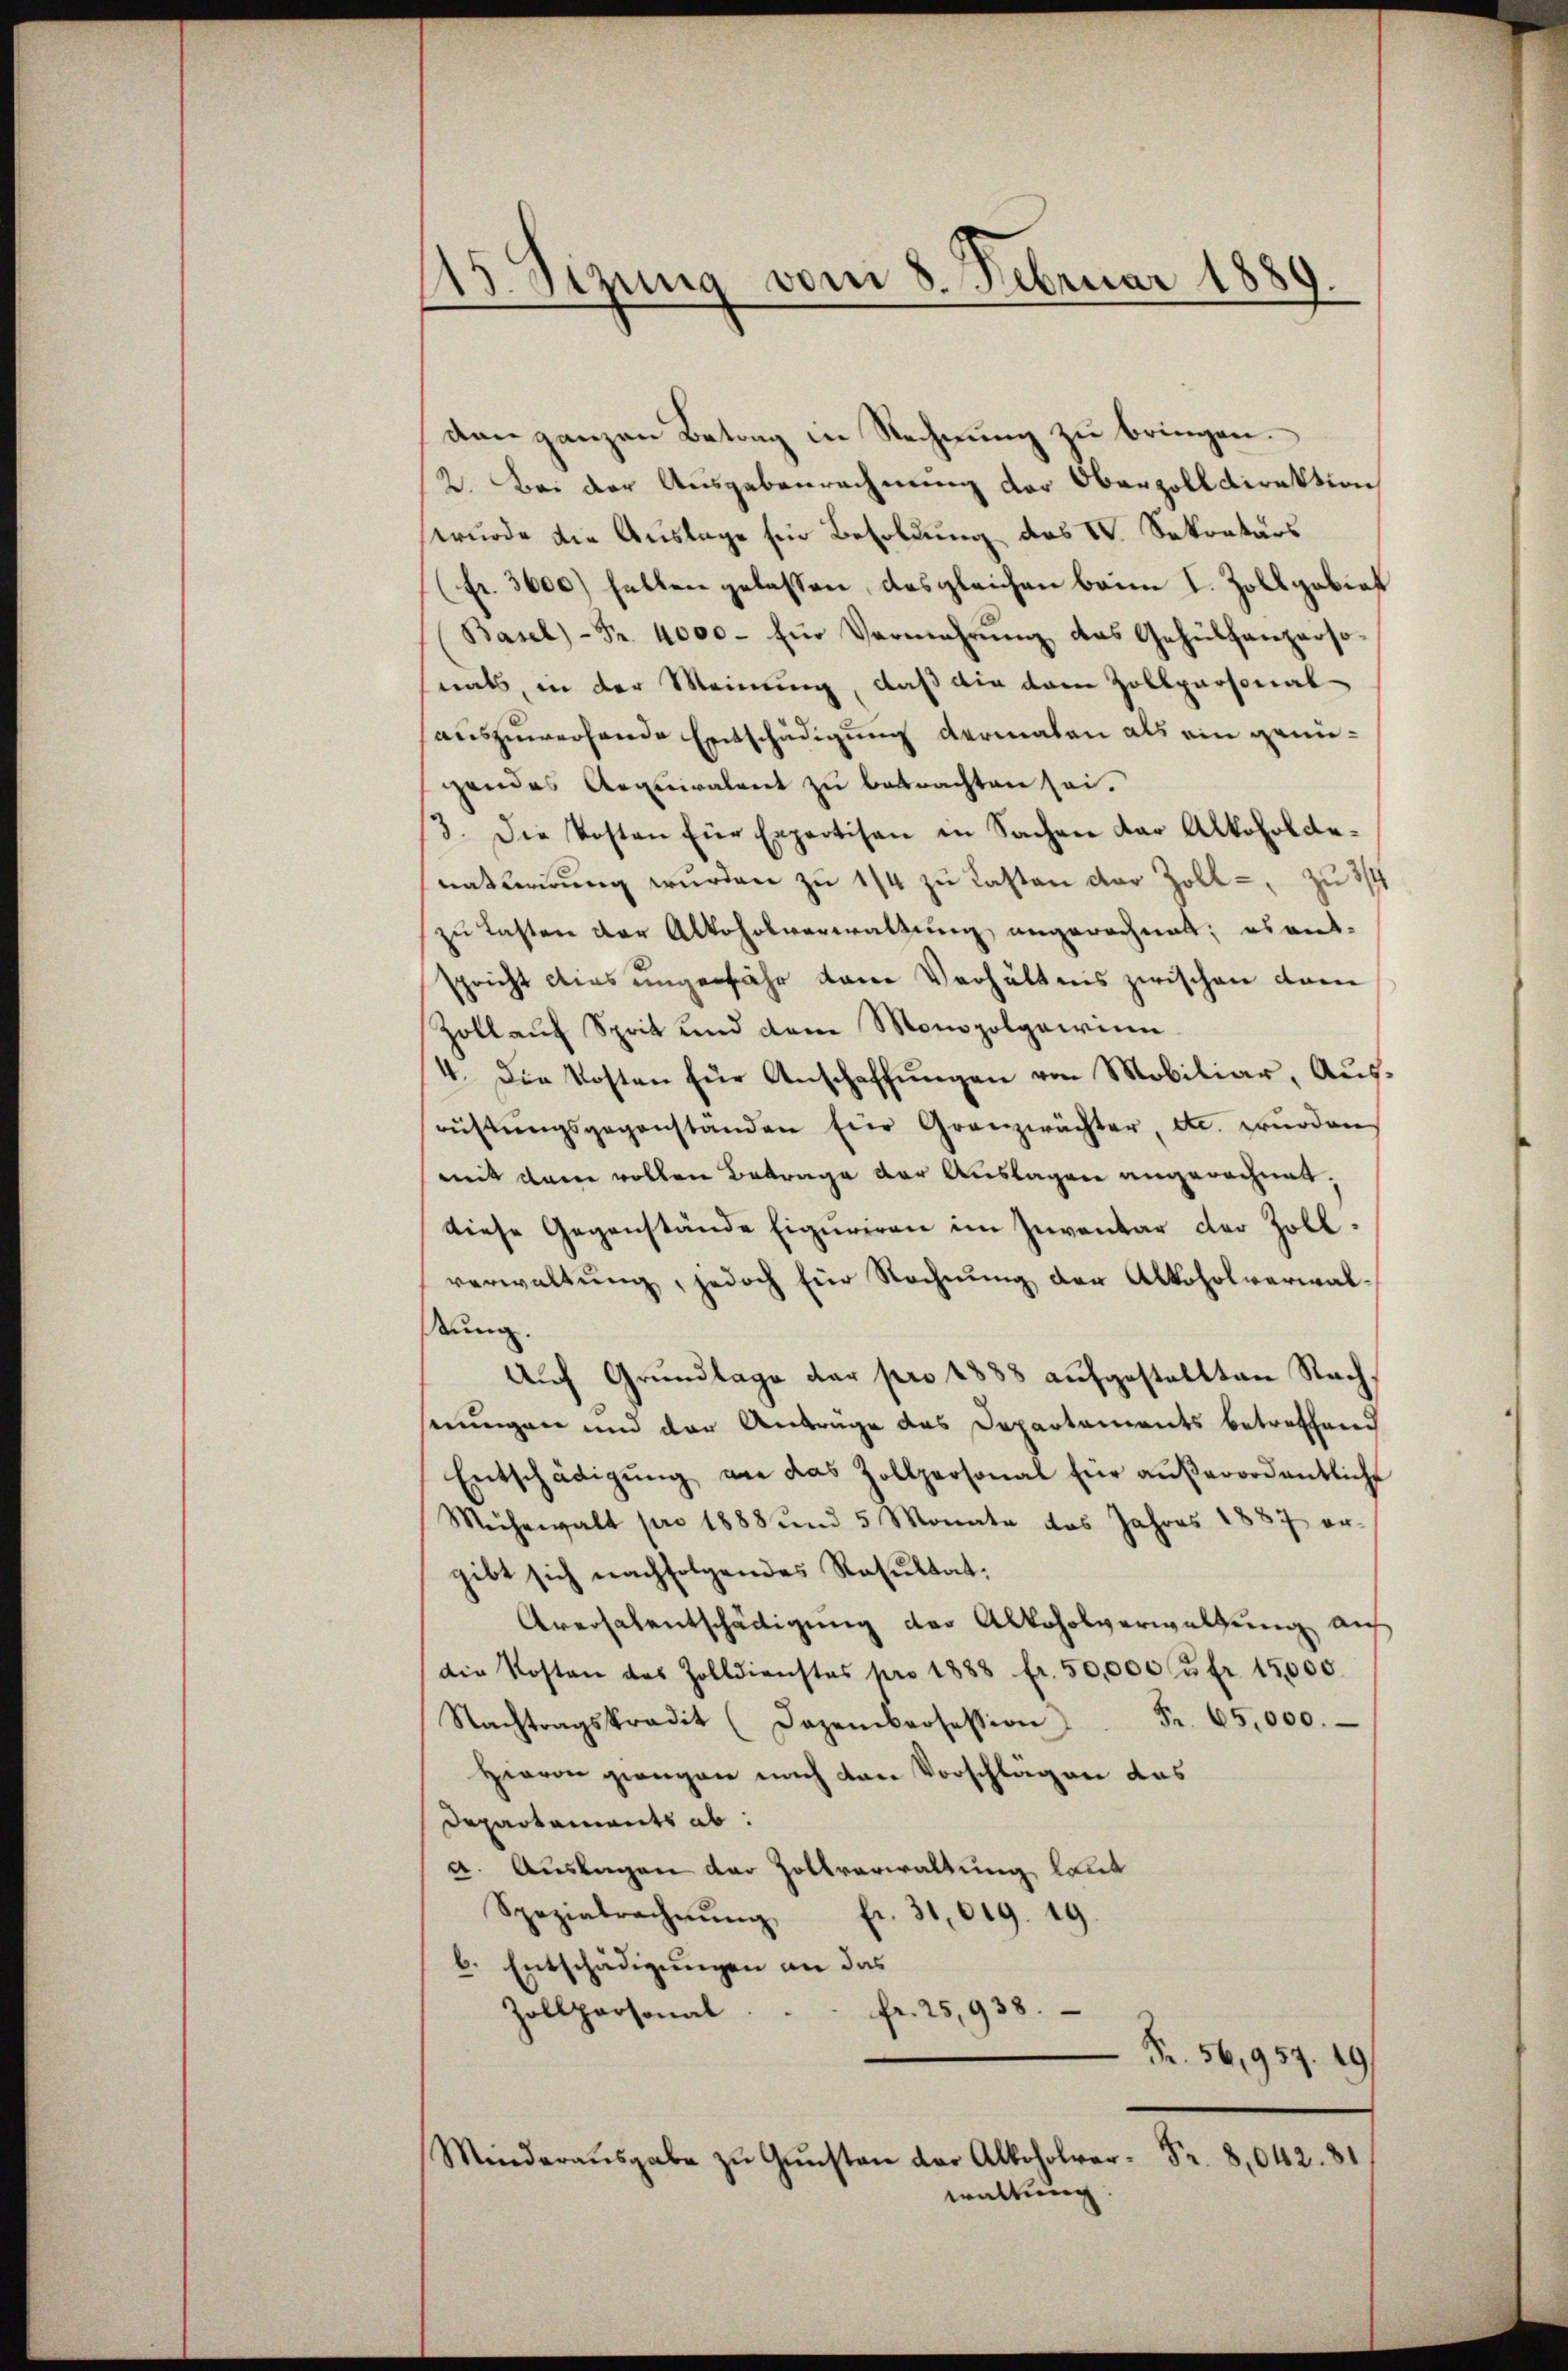
115. Sizung vom 8. Februar 1889.
d

dan ganzen Betrag in Rechnung zu bringen.
2. Bei der Ausgabenrechnung der Oberzoll Direktion
wurde die Auslage für Besoldung des V. Sekretärs
(Fr. 3600) halben gelassen, das gleichen banm I. Zoll gebiet
Basel) - Fr. 4000. für Vermehrŭng des Gehülfanpersonats, in der Meinung, daß die dem Zollpersonal-
auszuwerfende Entschädigung dermalen als ein genügendes Aequivalent zu betrachten sei.
3. Die Kosten für Expertisan in Sachen dar Alkoholar-
naturirung wurden zu 1/4 zu Lasten der Zoll - zu 3/4
zu Lasten der Alkoholverwaltung angerechnet; es ent-
spricht dies ungefähr dane Verhältnis zwischen dam
Zoll auf Sprit und dem Monopolgawinn
4. Die Kosten für Anschaffŭngen von Mobiliar, Aus-
rüftŭngsgegenstanden Eier Granzwächter, etc. würden
mit dann vollen Betrage der Auslagen angerechnet.
diese Gegenstände Eiguriren im Inventar der Zollverwaltung, jedoch für Rechnung der Alkoholverwalstung.
Auch Grundlage der pro 1888 aufgestellten Nachserungen und der Antrage des Departaments betreffend
Entschädigŭng wie das Zollpersonal für aŭβerordentliche
Mehrwalt pro 1888 und 5 Monate des Jahres 1887 er-
gibt sich nachfolgendes Resultat:
Aversalentschädigung der Alkoholverwaltung auf
die Kosten des Zolldienstes pro 1888 fr. 50,000 fr. 15,000.
Nachtragskredit (Dazenprofession Fr. 65,000.
Hievon giengen nach den Vorschlägen das
Departements ab:
a. Auslagen der Zollverwaltung laut
Spezialrechnŭng fr. 31019. 19
b. Entschädigungen an das
fr. 25,938.
Zollpersonal
Fr. 56,957. 19.
Minderaŭsgabe zŭ Gŭnsten der Alkoholver- Fr. 8,042. 81
waltung